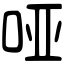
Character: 哑